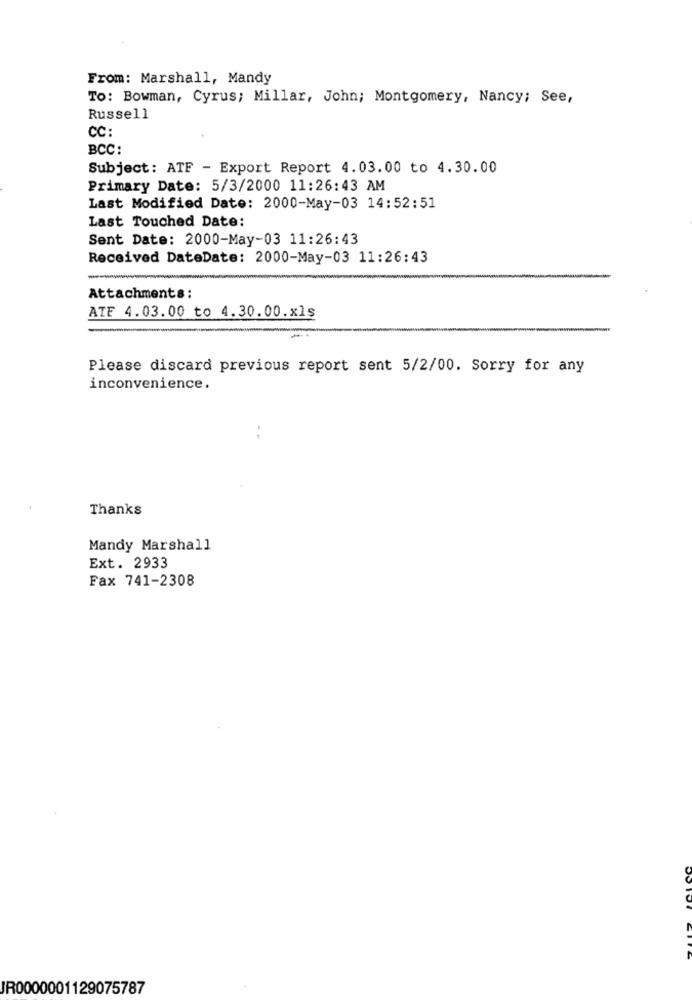
From: Marshall, Mandy
To: Bowman, Cyrus; Millar, John; Montgomery, Nancy; See,
Russell
CC:
BCC:
Subject: ATF - Export Report 4.03.00 to 4.30.00
Primary Date: 5/3/2000 11:26:43 AM
Last Modified Date: 2000-May-03 14:52:51
Last Touched Date:
Sent Date: 2000-May-03 11:26:43
Received DateDate: 2000-May-03 11:26:43
-
Attachments:
ATE 4.03.00 to 4.30.00.xls
Please discard previous report sent 5/2/00. Sorry for any
inconvenience.
-
Thanks
Mandy Marshall
Ext. 2933
Fax 741-2308
JR0000001129075787